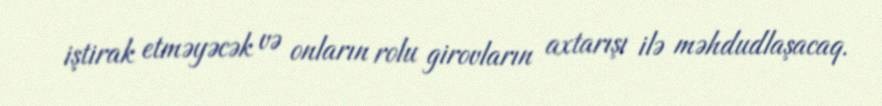
iştirak etməyəcək və onların rolu girovların axtarışı ilə məhdudlaşacaq.